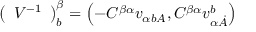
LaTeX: \left( \begin{array} { l } { { V ^ { - { 1 } } } } \end{array} \right) _ { { b } } ^ { { \beta } } = \left( - C ^ { { \beta } { \alpha } } v _ { { \alpha } { { b } A } } , C ^ { { \beta } { \alpha } } v _ { { \alpha } { \dot { A } } } ^ { { b } } \right)